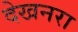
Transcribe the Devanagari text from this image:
देखनरा